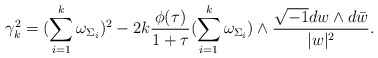
\begin{align*}\gamma_{k}^{2}=(\sum_{i=1}^{k}\omega_{\Sigma_{i}})^{2}-2k\frac{\phi(\tau)}{1+\tau}(\sum_{i=1}^{k}\omega_{\Sigma_{i}})\wedge\frac{\sqrt{-1}dw\wedge d\bar{w}}{\lvert w\rvert^{2}}.\end{align*}